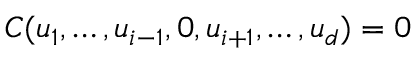
C ( u _ { 1 } , \dots , u _ { i - 1 } , 0 , u _ { i + 1 } , \dots , u _ { d } ) = 0